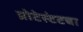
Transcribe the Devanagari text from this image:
प्रोटेस्टंटचा